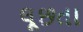
લૂછતા